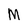
Character: M